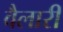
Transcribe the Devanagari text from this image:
वैलारी